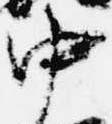
中